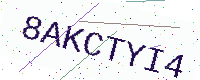
Text: 8AKCTYI4